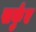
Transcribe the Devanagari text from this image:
सर्कुए